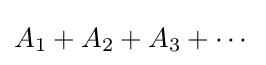
A_{1}+A_{2}+A_{3}+\cdots